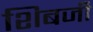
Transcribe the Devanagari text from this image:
शिबजी